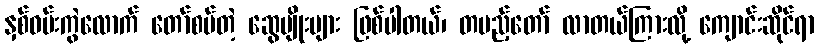
နှစ်ဝမ်းကွဲလောက် တော်စပ်တဲ့ ဆွေမျိုးများ ဖြစ်ပါတယ်၊ တပည့်တော် လာတယ်ကြားလို့ ကျောင်းဆိုင်ရာ